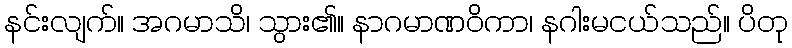
နင်းလျက်။ အဂမာသိ၊ သွား၏။ နာဂမာဏဝိကာ၊ နဂါးမငယ်သည်။ ပိတု